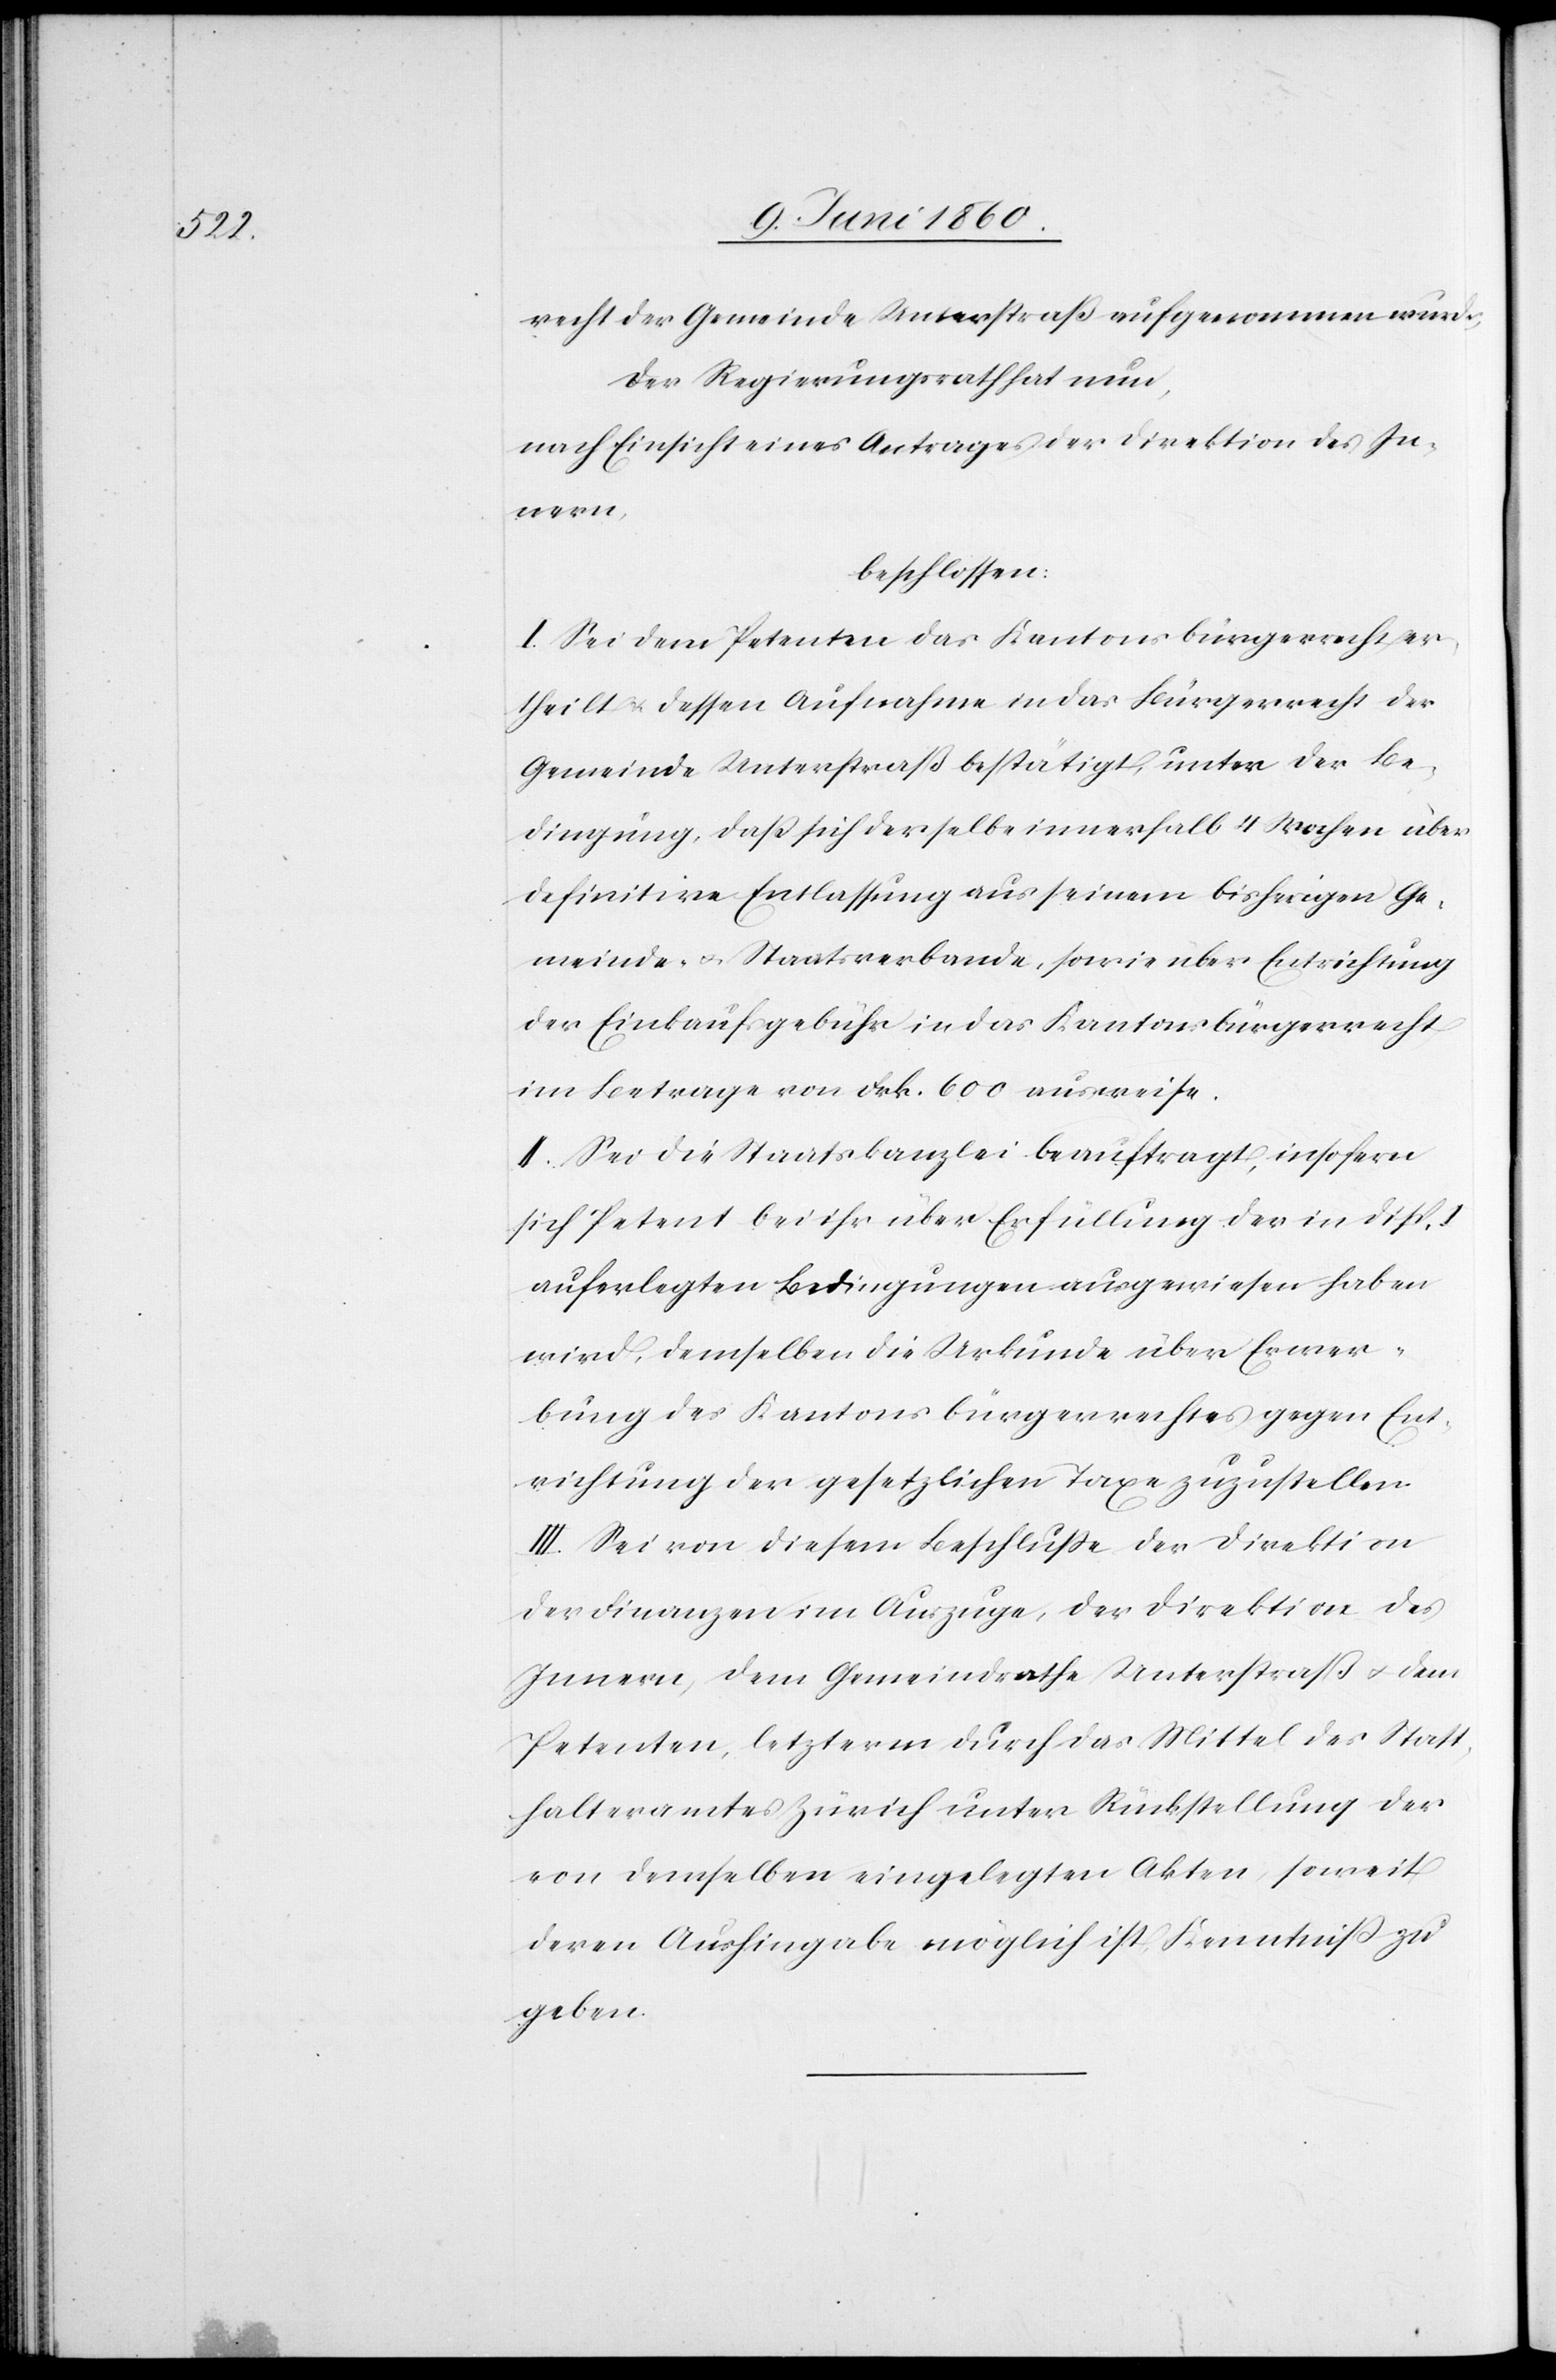
recht der Gemeinde Unterstraß aufgenommen wurde.
Der Regierungsrath hat nun,
nach Einsicht eines Antrages der Direktion des In¬
nern,
beschlossen:
I. Sei dem Petenten das Kantonsbürgerrecht er¬
theilt u. dessen Aufnahme in das Bürgerrecht der
Gemeinde Untertraß bestätigt, unter der Be¬
dingung, dass sich derselbe innerhalb 4 Wochen über
definitive Entlassung aus seinem bisherigen Ge¬
meinde- u. Staatsverbande, sowie über Entrichtung
der Einkaufsgebühr in das Kantonsbürgerrecht
im Betrage von Frk. 600 ausweise.
II. Sei die Staatskanzlei beauftragt, insofern
sich Petent bei ihr über Erfüllung der in Disp.
auferlegten Bedingungen ausgewiesen haben
wird, demselben die Urkunde über Erwer¬
bung des Kantonsbürgerrechtes gegen Ent¬
richtung der gesetzlichen Taxe zuzustellen.
III. Sei von diesem Beschlusse der Direktion
der Finanzen im Auszuge, der Direktion des
Innern, dem Gemeindrathe Unterstraß u. dem
Petenten, letzterm durch das Mittel des Statt¬
halteramtes Zürich unter Rückstellung der
von demselben eingelegten Akten, soweit
deren Aushingabe möglich ist, Kenntniss zu
geben.